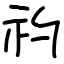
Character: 礿